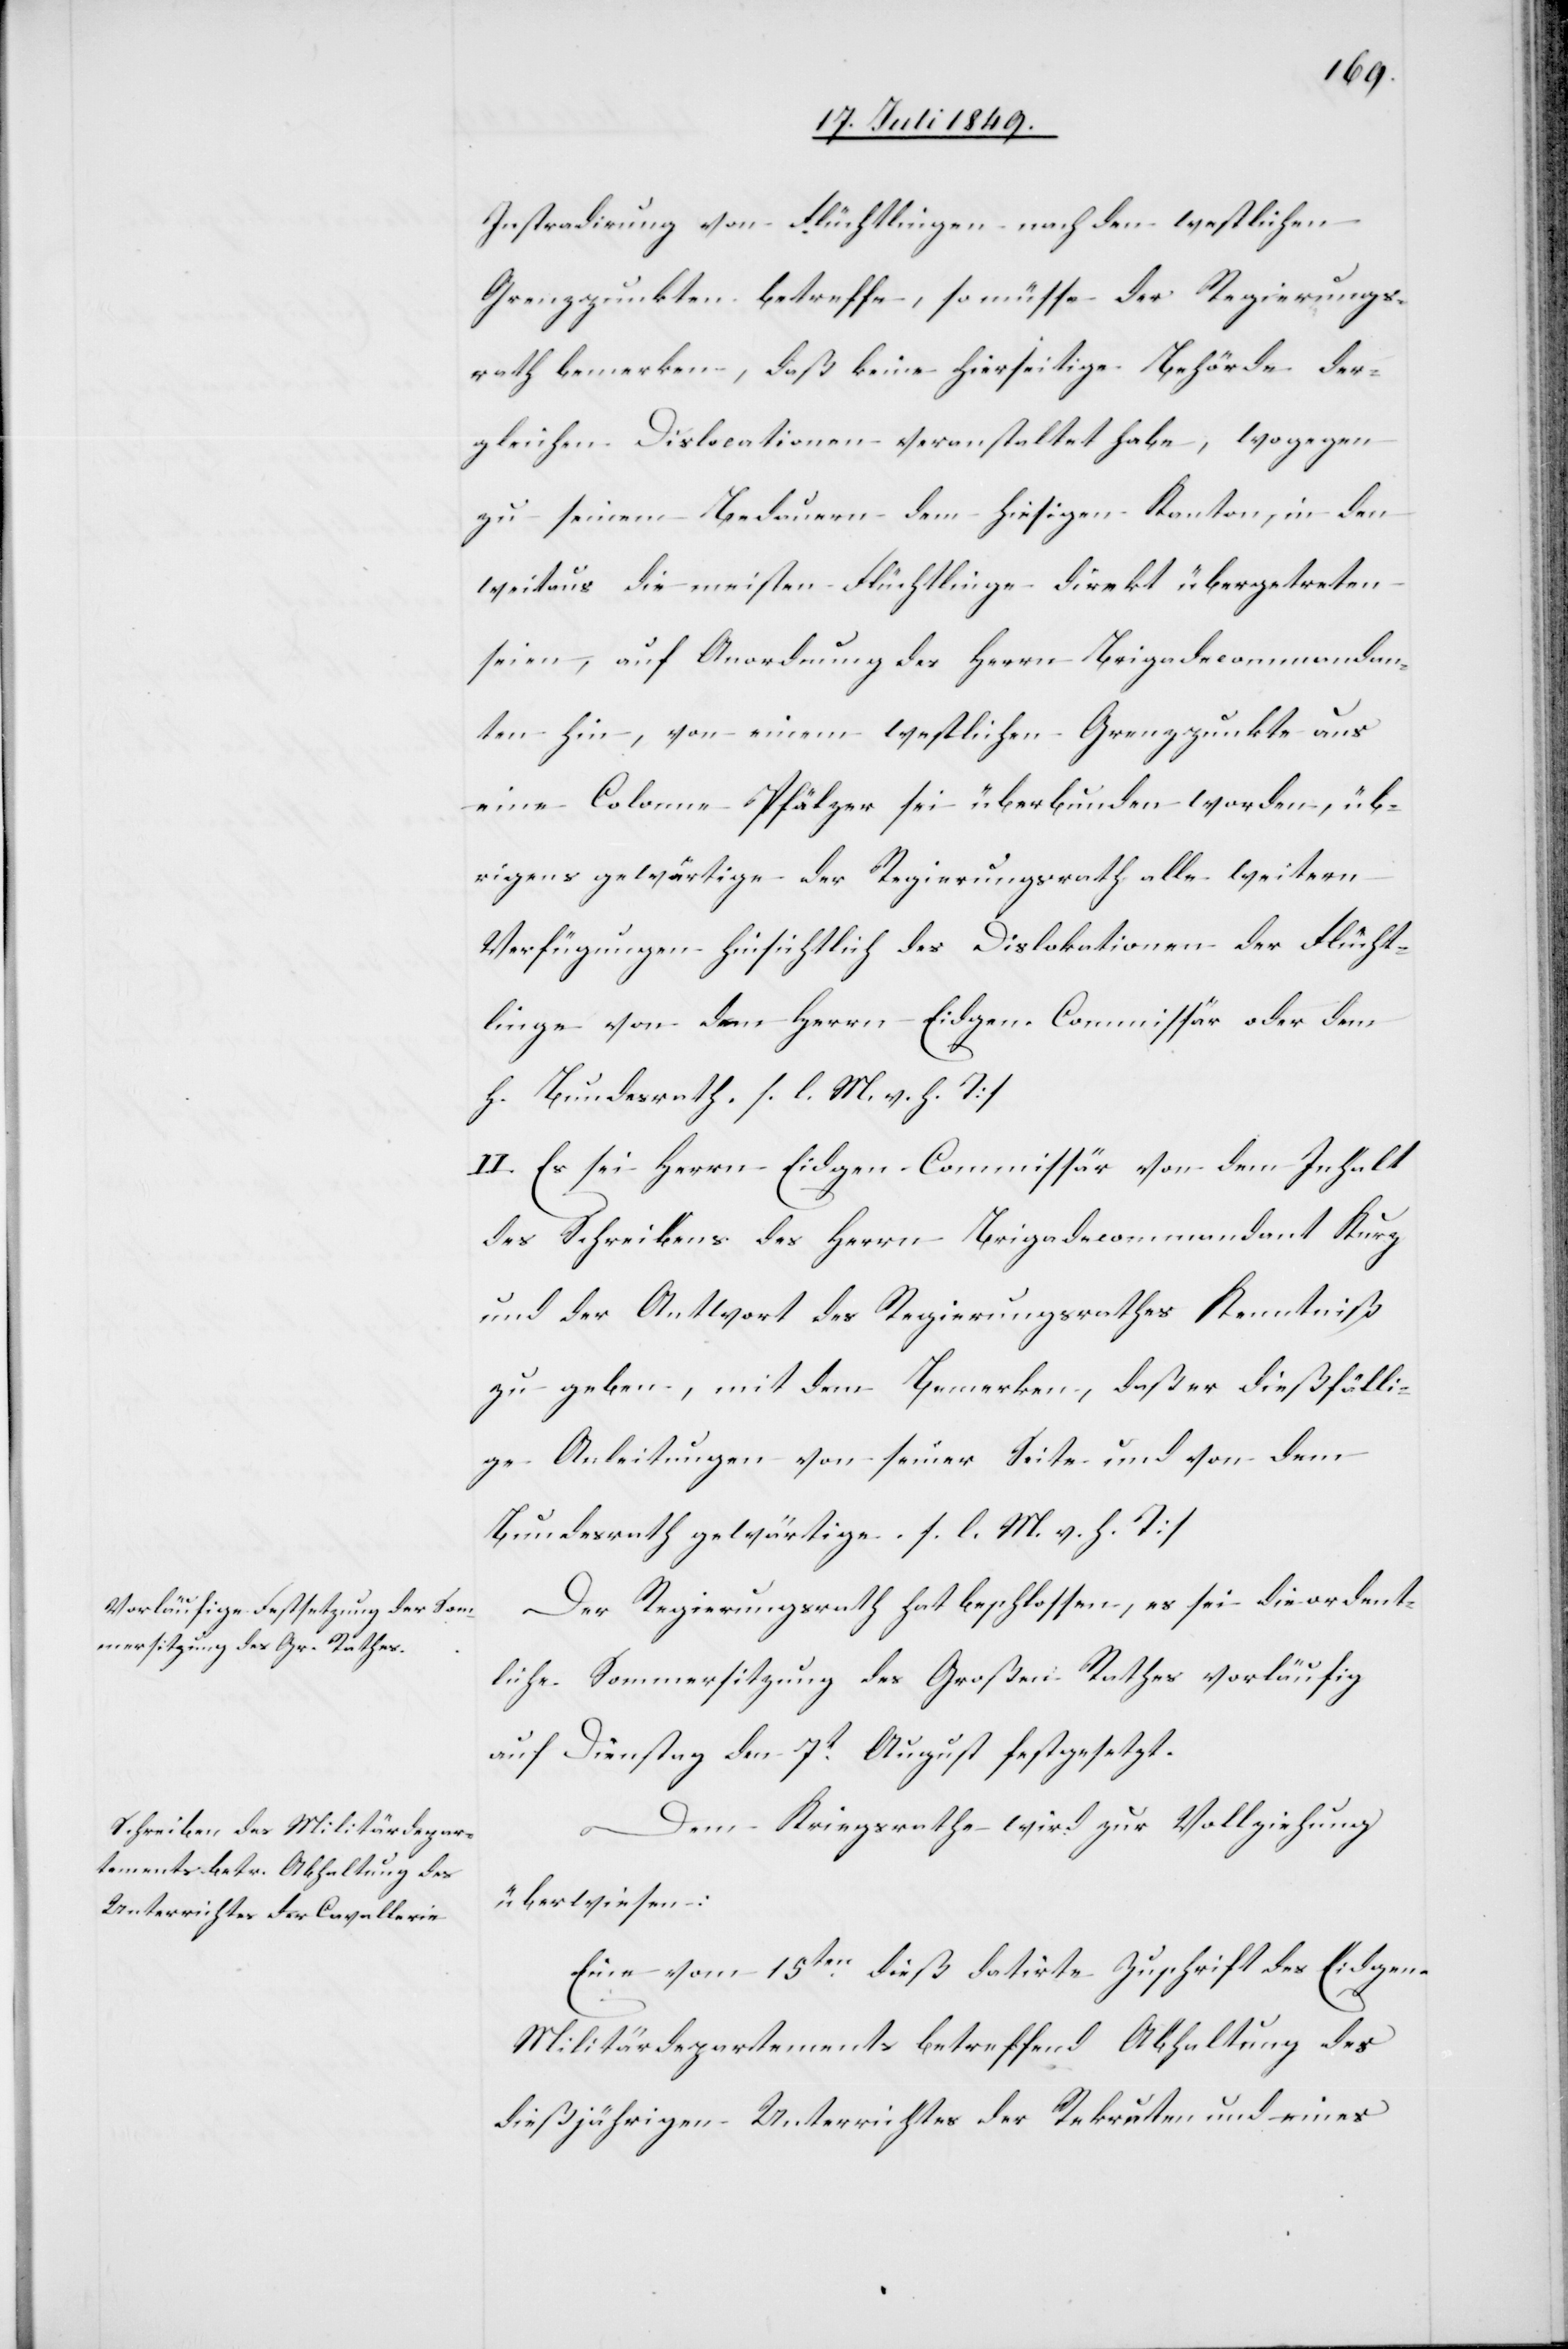
Instradirung von Flüchtlingen nach den westlichen
Grenzpunkten betreffe, so müsse der Regierungs¬
rath bemerken, daß keine hierseitige Behörde der¬
gleichen Dislocationen veranstaltet habe, wogegen
zu seinem Bedauern dem hiesigen Kanton, in den
weitaus die meisten Flüchtlinge direkt übergetreten
seien, auf Anordnung des Herrn Brigadecommandan¬
ten hin, von einem westlichen Grenzpunkte aus
eine Colonne Pfälzer sei überbunden worden, üb¬
rigens gewärtige der Regierungsrath alle weitern
Verfügungen hinsichtlich des [sic!] Dislokationen der Flücht¬
linge von dem Herrn Eidgen. Commissär oder dem
h. Bundesrath [l. M. v. h. T]
II. Es sei Herrn Eidgen. Commissär von dem Inhalt
des Schreibens des Herrn Brigadecommandant Kurz
und der Antwort des Regierungsrathes Kenntniß
zu geben, mit dem Bemerken, daß er dießfälli¬
ge Anleitungen von seiner Seite und von dem
Bundesrath gewärtige. [l. M. v. h. T]
Der Regierungsrath hat beschlossen, es sei die ordent¬
liche Sommersitzung des Großen Rathes vorläufig
auf Dienstag den 7t August festgesetzt.
Dem Kriegsrathe wird zur Vollziehung
überwiesen:
Eine vom 15ten dieß datirte Zuschrift des Eidgen.
Militärdepartements betreffend Abhaltung des
dießjährigen Unterrichtes der Rekruten und eines